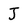
Character: J